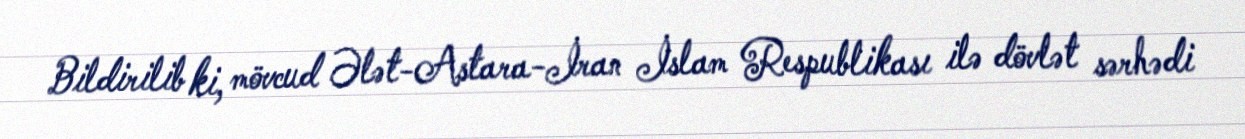
Bildirilib ki, mövcud Ələt-Astara-İran İslam Respublikası ilə dövlət sərhədi